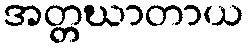
အတ္တဃာတာယ